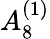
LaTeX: {A}_{8}^{(1)}